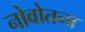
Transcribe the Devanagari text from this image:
नोवोतना